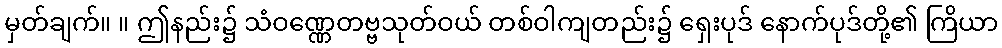
မှတ်ချက်။ ။ ဤနည်း၌ သံဝဏ္ဏေတဗ္ဗသုတ်ဝယ် တစ်ဝါကျတည်း၌ ရှေးပုဒ် နောက်ပုဒ်တို့၏ ကြိယာ